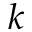
k